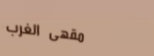
مقهى الغرب